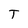
Character: T